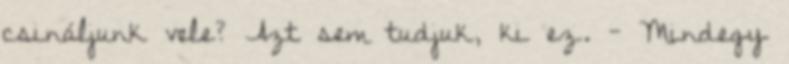
csináljunk vele? Azt sem tudjuk, ki ez. - Mindegy